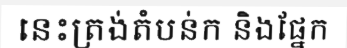
នេះត្រង់តំបន់ក និងផ្នែក